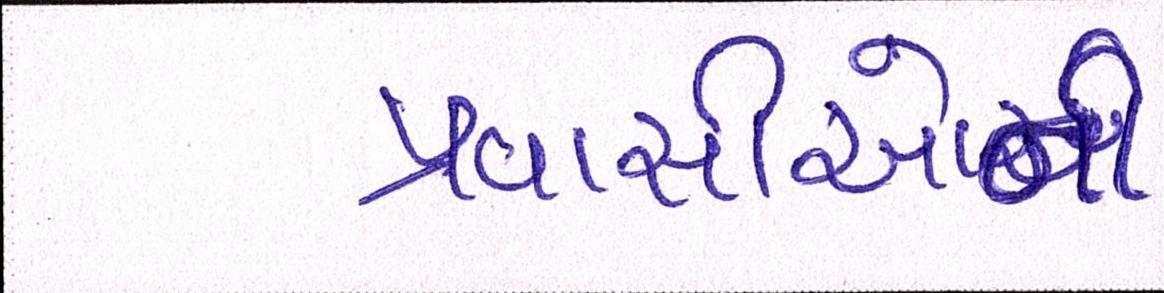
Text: પ્રવાસીઓની